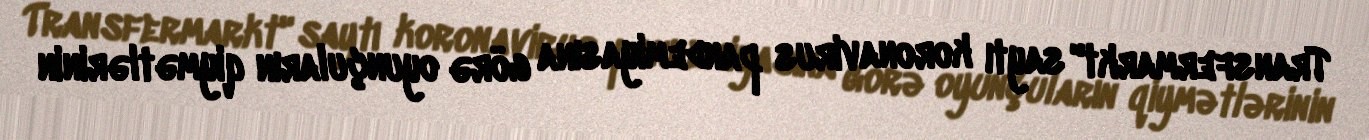
Transfermarkt" saytı koronavirus pandemiyasına görə oyunçuların qiymətlərinin